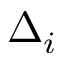
\Delta _ { i }